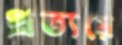
প্রত্যয়ে